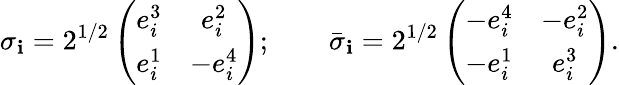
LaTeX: \sigma_{\mathbf{i}}=2^{1/2}\left(\begin{array}{cc}{{e_{i}^{3}}}&{{e_{i}^{2}}}\\ {{e_{i}^{1}}}&{{-e_{i}^{4}}}\end{array}\right);\qquad\bar{{\sigma}}_{\mathbf{i}}=2^{1/2}\left(\begin{array}{cc}{{-e_{i}^{4}}}&{{-e_{i}^{2}}}\\ {{-e_{i}^{1}}}&{{e_{i}^{3}}}\end{array}\right).